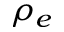
\rho _ { e }